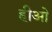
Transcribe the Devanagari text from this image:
हीओ